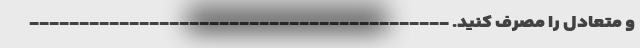
و متعادل را مصرف کنید. ------------------------------------------